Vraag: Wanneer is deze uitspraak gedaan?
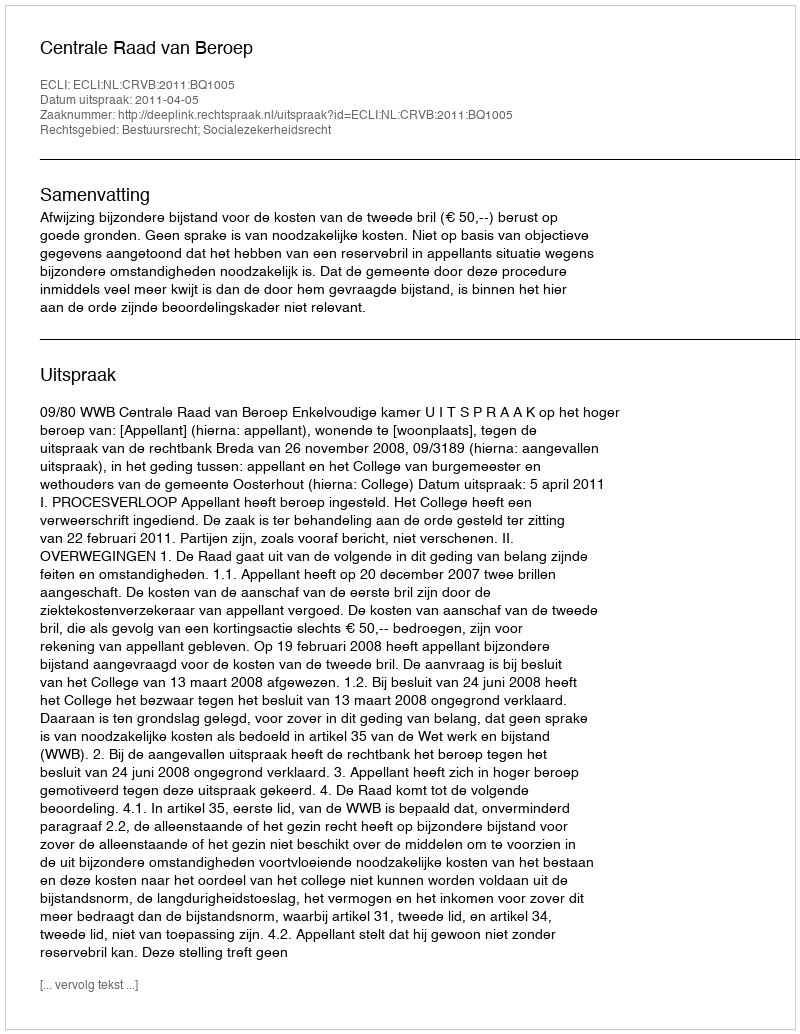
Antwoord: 2011-04-05